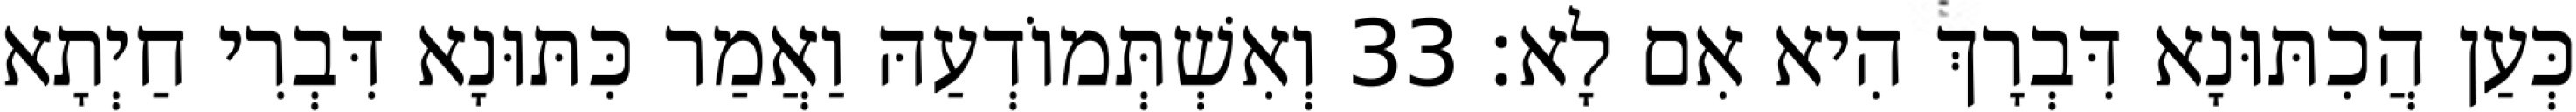
כְּעַן הֲכִתּוּנָא דִּבְרָךְ הִיא אִם לָא׃ 33 וְאִשְׁתְּמוֹדְעַהּ וַאֲמַר כִּתּוּנָא דִּבְרִי חַיְתָא